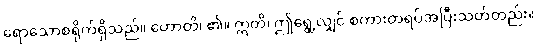
ရောသောစရိုက်ရှိသည်။ ဟောတိ၊ ၏။ ဣတိ၊ ဤရွေ့လျှင် စကားတရပ်အပြီးသတ်တည်း။